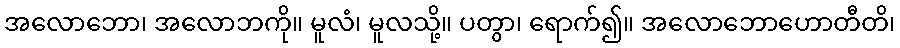
အလောဘော၊ အလောဘကို။ မူလံ၊ မူလသို့။ ပတွာ၊ ရောက်၍။ အလောဘောဟောတီတိ၊